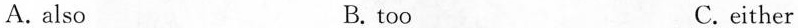
A.also B. too C.either